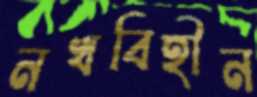
নখবিহীন